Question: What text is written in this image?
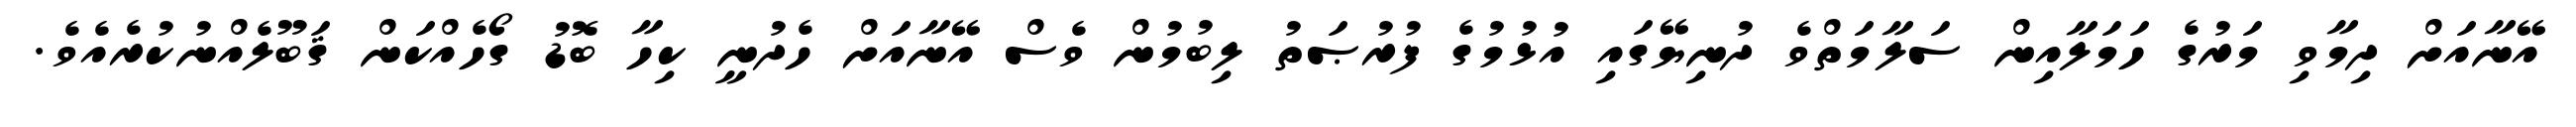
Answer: އޭނާއަށް ދިމާވި މަރުގެ ހަމަލާއިން ސަލާމަތްވެ ދުނިޔޭގައި އުޅުމުގެ ފުރުޞަތު ލިބުމުން ވެސް އޭނާއަށް ހެދުނީ ކިހާ ބޮޑު ގޯހެއްކަން ޤަބޫލެއްނުކުރެއެވެ.